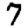
Digit: 7